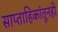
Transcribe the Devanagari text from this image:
साप्ताहिकांतूनही